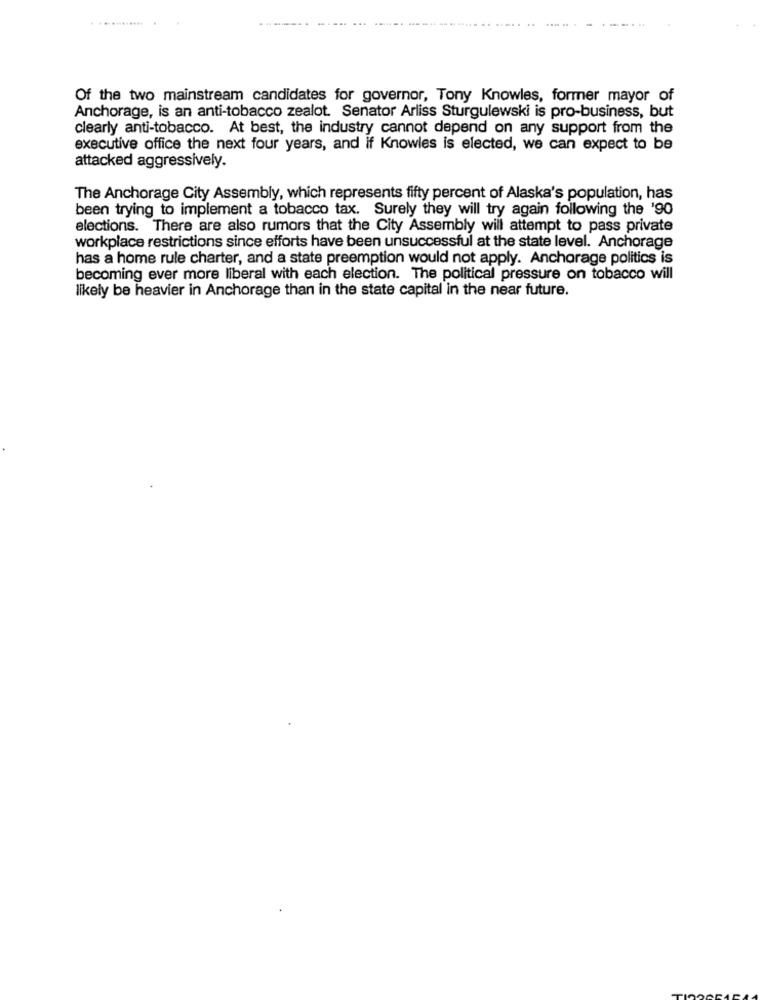
---- -
Of the two mainstream candidates for governor, Tony Knowles, former mayor of
Anchorage, is an anti-tobacco zealot. Senator Arliss Sturgulewski is pro-business, but
clearly anti-tobacco. At best, the industry cannot depend on any support from the
executive office the next four years, and if Knowles is elected, we can expect to be
attacked aggressively.
The Anchorage City Assembly, which represents fifty percent of Alaska's population, has
been trying to implement a tobacco tax. Surely they will try again following the '90
elections. There are also rumors that the City Assembly will attempt to pass private
workplace restrictions since efforts have been unsuccessful at the state level. Anchorage
has a home rule charter, and a state preemption would not apply. Anchorage politics is
becoming ever more liberal with each election. The political pressure on tobacco will
likely be heavier in Anchorage than in the state capital in the near future.